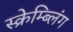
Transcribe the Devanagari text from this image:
स्क्रेम्ब्लिंग